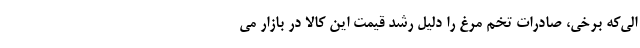
الی‌که برخی، صادرات تخم مرغ را دلیل رشد قیمت این کالا در بازار می